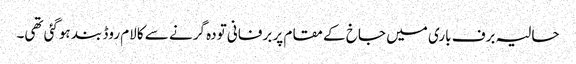
حالیہ برف باری میں جاخ کے مقام پر برفانی تودہ گرنے سے کالام روڈ بند ہوگئی تھی۔